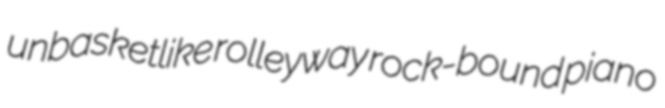
unbasketlike rolleyway rock-bound piano